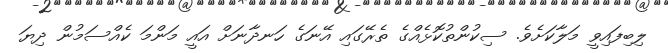
ލިބިފައިވީ މަލާކަށެވެ. ސިކުންތުކޮޅެއްގެ ތެރޭގައި އޭނަގެ ހަނދާނަށް އައީ މަންމަ ކެއްސަމުން ދިޔަ